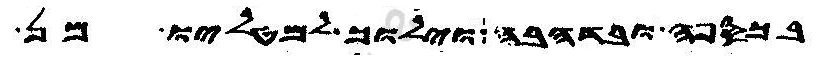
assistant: בכספה ובדהבה וילוך למטליו מן